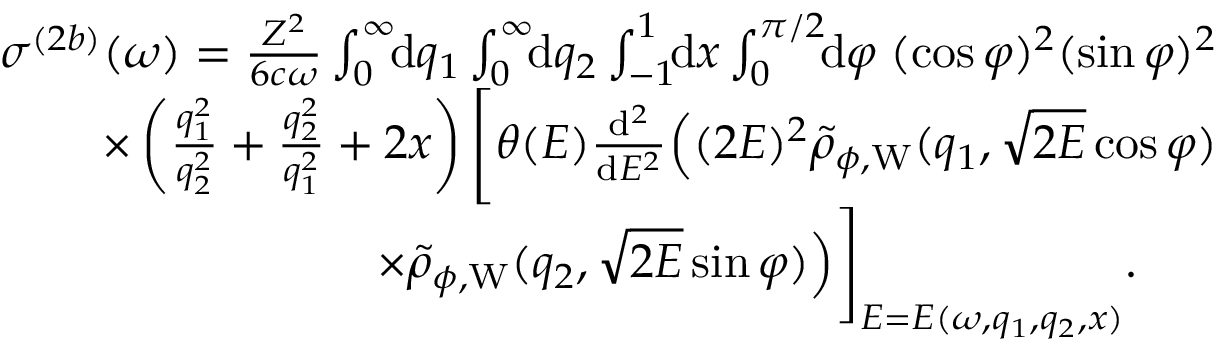
\begin{array} { r } { \sigma ^ { ( 2 b ) } ( \omega ) = \frac { Z ^ { 2 } } { 6 c \omega } \int _ { 0 } ^ { \infty } \! \! \ensuremath { \mathrm { d } } q _ { 1 } \int _ { 0 } ^ { \infty } \! \! \ensuremath { \mathrm { d } } q _ { 2 } \int _ { - 1 } ^ { 1 } \! \! \ensuremath { \mathrm { d } } x \int _ { 0 } ^ { \pi / 2 } \! \! \ensuremath { \mathrm { d } } \varphi \; ( \cos \varphi ) ^ { 2 } ( \sin \varphi ) ^ { 2 } } \\ { \times \left( \frac { q _ { 1 } ^ { 2 } } { q _ { 2 } ^ { 2 } } + \frac { q _ { 2 } ^ { 2 } } { q _ { 1 } ^ { 2 } } + 2 x \right) \Biggl [ \theta ( E ) \frac { \ensuremath { \mathrm { d } } ^ { 2 } } { \ensuremath { \mathrm { d } } E ^ { 2 } } \Bigl ( ( 2 E ) ^ { 2 } \tilde { \rho } _ { \phi , \mathrm { W } } ( q _ { 1 } , \sqrt { 2 E } \cos \varphi ) } \\ { \times \tilde { \rho } _ { \phi , \mathrm { W } } ( q _ { 2 } , \sqrt { 2 E } \sin \varphi ) \Bigl ) \Biggl ] _ { E = E ( \omega , q _ { 1 } , q _ { 2 } , x ) } . \; \; \; \; \; \; } \end{array}